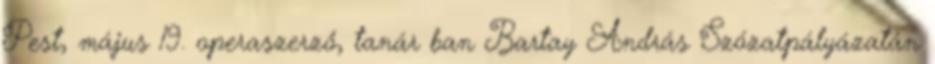
Pest, május 19. operaszerző, tanár ban Bartay András Szózatpályázatán